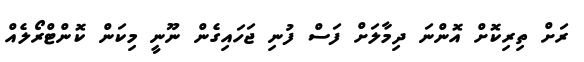
ރަށް ތިރިކޮށް އޮންނަ ދިމާލަށް ފަސް ފުނި ޖަހައިގެން ނޫނީ މިކަން ކޮންޓްރޯލެއް